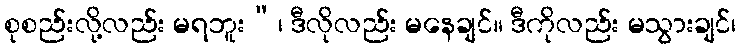
စုစည်းလို့လည်း မရဘူး”၊ ဒီလိုလည်း မနေချင်။ ဒီကိုလည်း မသွားချင်၊